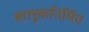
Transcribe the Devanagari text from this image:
बालुकनिर्मित